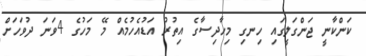
ކަންކާނީ ޖަންގަލީގައި ހިނގި މިހާދިސާގެ އިތުރު އަޑުއެހުމެއް މޭ މަހުގެ 4ވަނަ ދުވަހަށް